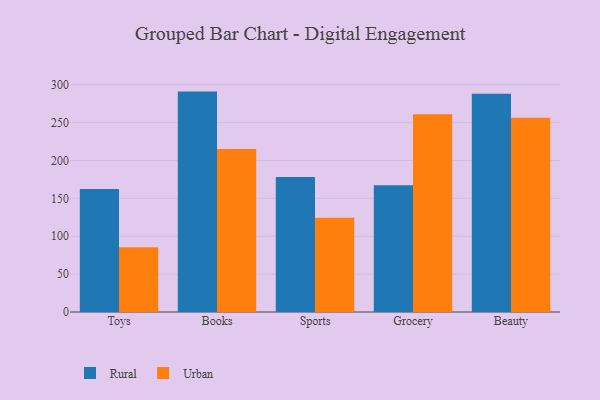
{"axis": {"x": "Category", "y": "Active Users"}, "legend": ["Rural", "Urban"], "data": [{"x": "Toys", "y": 162.4, "type": "Rural"}, {"x": "Toys", "y": 85.5, "type": "Urban"}, {"x": "Books", "y": 291.0, "type": "Rural"}, {"x": "Books", "y": 215.2, "type": "Urban"}, {"x": "Sports", "y": 178.3, "type": "Rural"}, {"x": "Sports", "y": 124.3, "type": "Urban"}, {"x": "Grocery", "y": 167.3, "type": "Rural"}, {"x": "Grocery", "y": 261.2, "type": "Urban"}, {"x": "Beauty", "y": 288.2, "type": "Rural"}, {"x": "Beauty", "y": 256.5, "type": "Urban"}]}